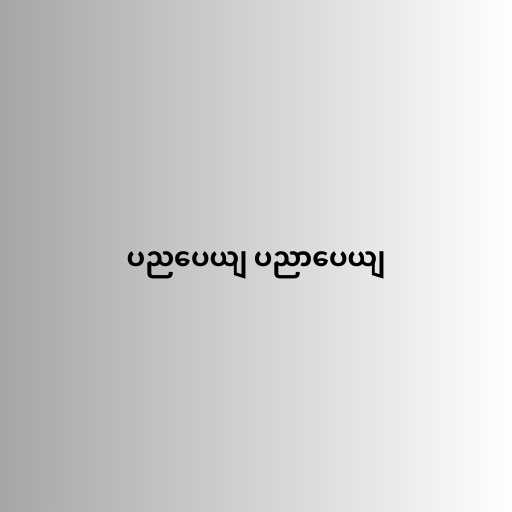
ပညပေယျ ပညာပေယျ